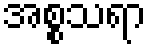
အစ္စသရာ